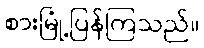
စားမြုံ့ပြန်ကြသည်။